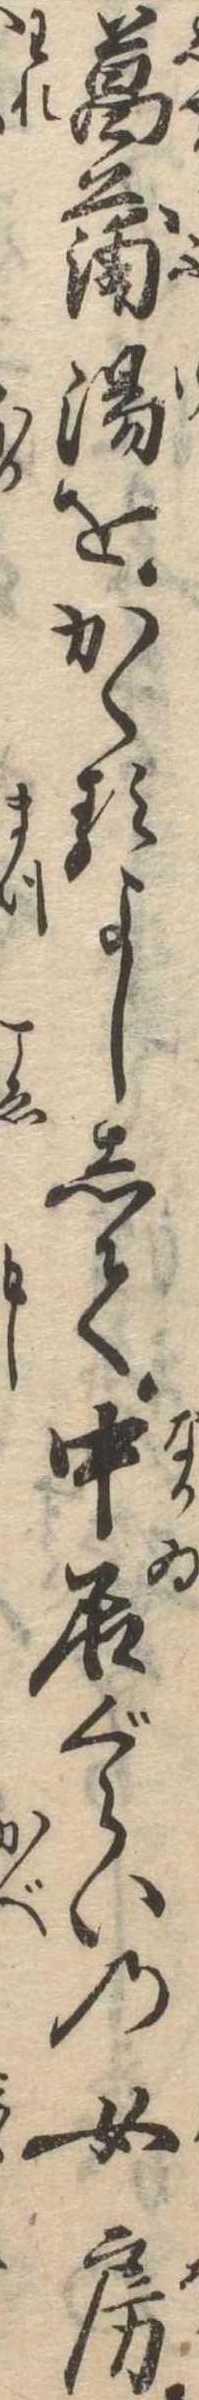
菖蒲湯をかゝるよしして中居ぐらいの女房